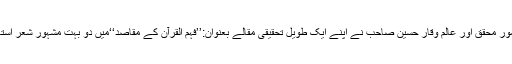
کراچی کے نامور محقق اور عالم وقار حسین صاحب نے اپنے ایک طویل تحقیقی مقالے بعنوان:’’فہم القرآن کے مقاصد‘‘میں دو بہت مشہور شعر استعمال کئے ہیں۔